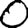
Digit: 0